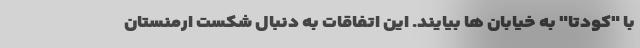
با "کودتا" به خیابان ها بیایند. این اتفاقات به دنبال شکست ارمنستان